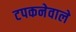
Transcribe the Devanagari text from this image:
टपकनेवाले